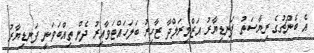
އެ ބެންޗުގެ ރިޔާސަތު ފަނޑިޔާރު އަޒްމިރަލްދާ ޒާހިރު ބަލަހައްޓަވާއިރު ދެން ތިއްބަވަނީ ފަނޑިޔާރު